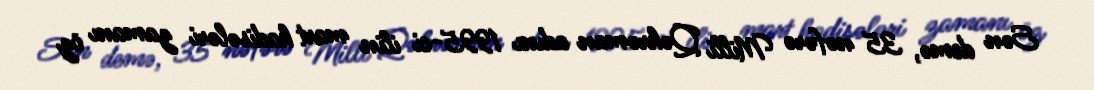
Sən demə, 35 nəfərə Milli Qəhrəman adını 1995-ci ilin mart hadisələri zamanı öz